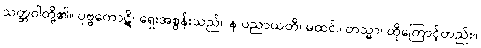
သတ္တဝါတို့၏။ ပုဗ္ဗကောဋိ၊ ရှေးအစွန်းသည်။ န ပညာယတိ၊ မထင်။ တသ္မာ၊ ထိုကြောင့်တည်း။